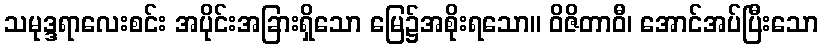
သမုဒ္ဒရာလေးစင်း အပိုင်းအခြားရှိသော မြေ၌အစိုးရသော။ ဝိဇိတာဝီ၊ အောင်အပ်ပြီးသော